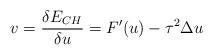
LaTeX: \begin{align*}v=\frac{\delta E_{CH}}{\delta u}=F^{\prime}(u)-\tau^{2}\Delta u\end{align*}